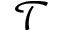
\mathcal { T }